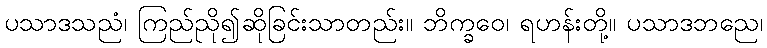
ပသာဒသညံ၊ ကြည်ညို၍ဆိုခြင်းသာတည်း။ ဘိက္ခဝေ၊ ရဟန်းတို့။ ပသာဒဘညေ၊